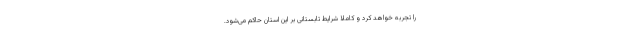
را تجربه خواهد کرد و کاملاً شرایط تابستانی بر این استان حاکم می‌شود.